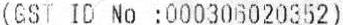
(GST ID NO :000306020352)